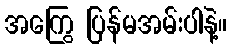
အကြွေ ပြန်မအမ်းပါနဲ့။